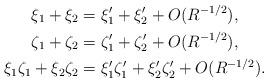
LaTeX: \begin{align*}\xi_1 + \xi_2 &= \xi_1' + \xi_2' + O(R^{-1/2}), \\\zeta_1 + \zeta_2 &= \zeta_1' + \zeta_2' + O(R^{-1/2}), \\\xi_1 \zeta_1 + \xi_2 \zeta_2 &= \xi_1' \zeta_1' + \xi_2' \zeta_2' + O(R^{-1/2}). \end{align*}